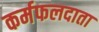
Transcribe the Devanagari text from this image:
कर्मफलदाता